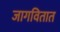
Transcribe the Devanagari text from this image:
जागवितात